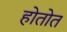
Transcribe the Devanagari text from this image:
होतोत